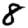
Digit: 8